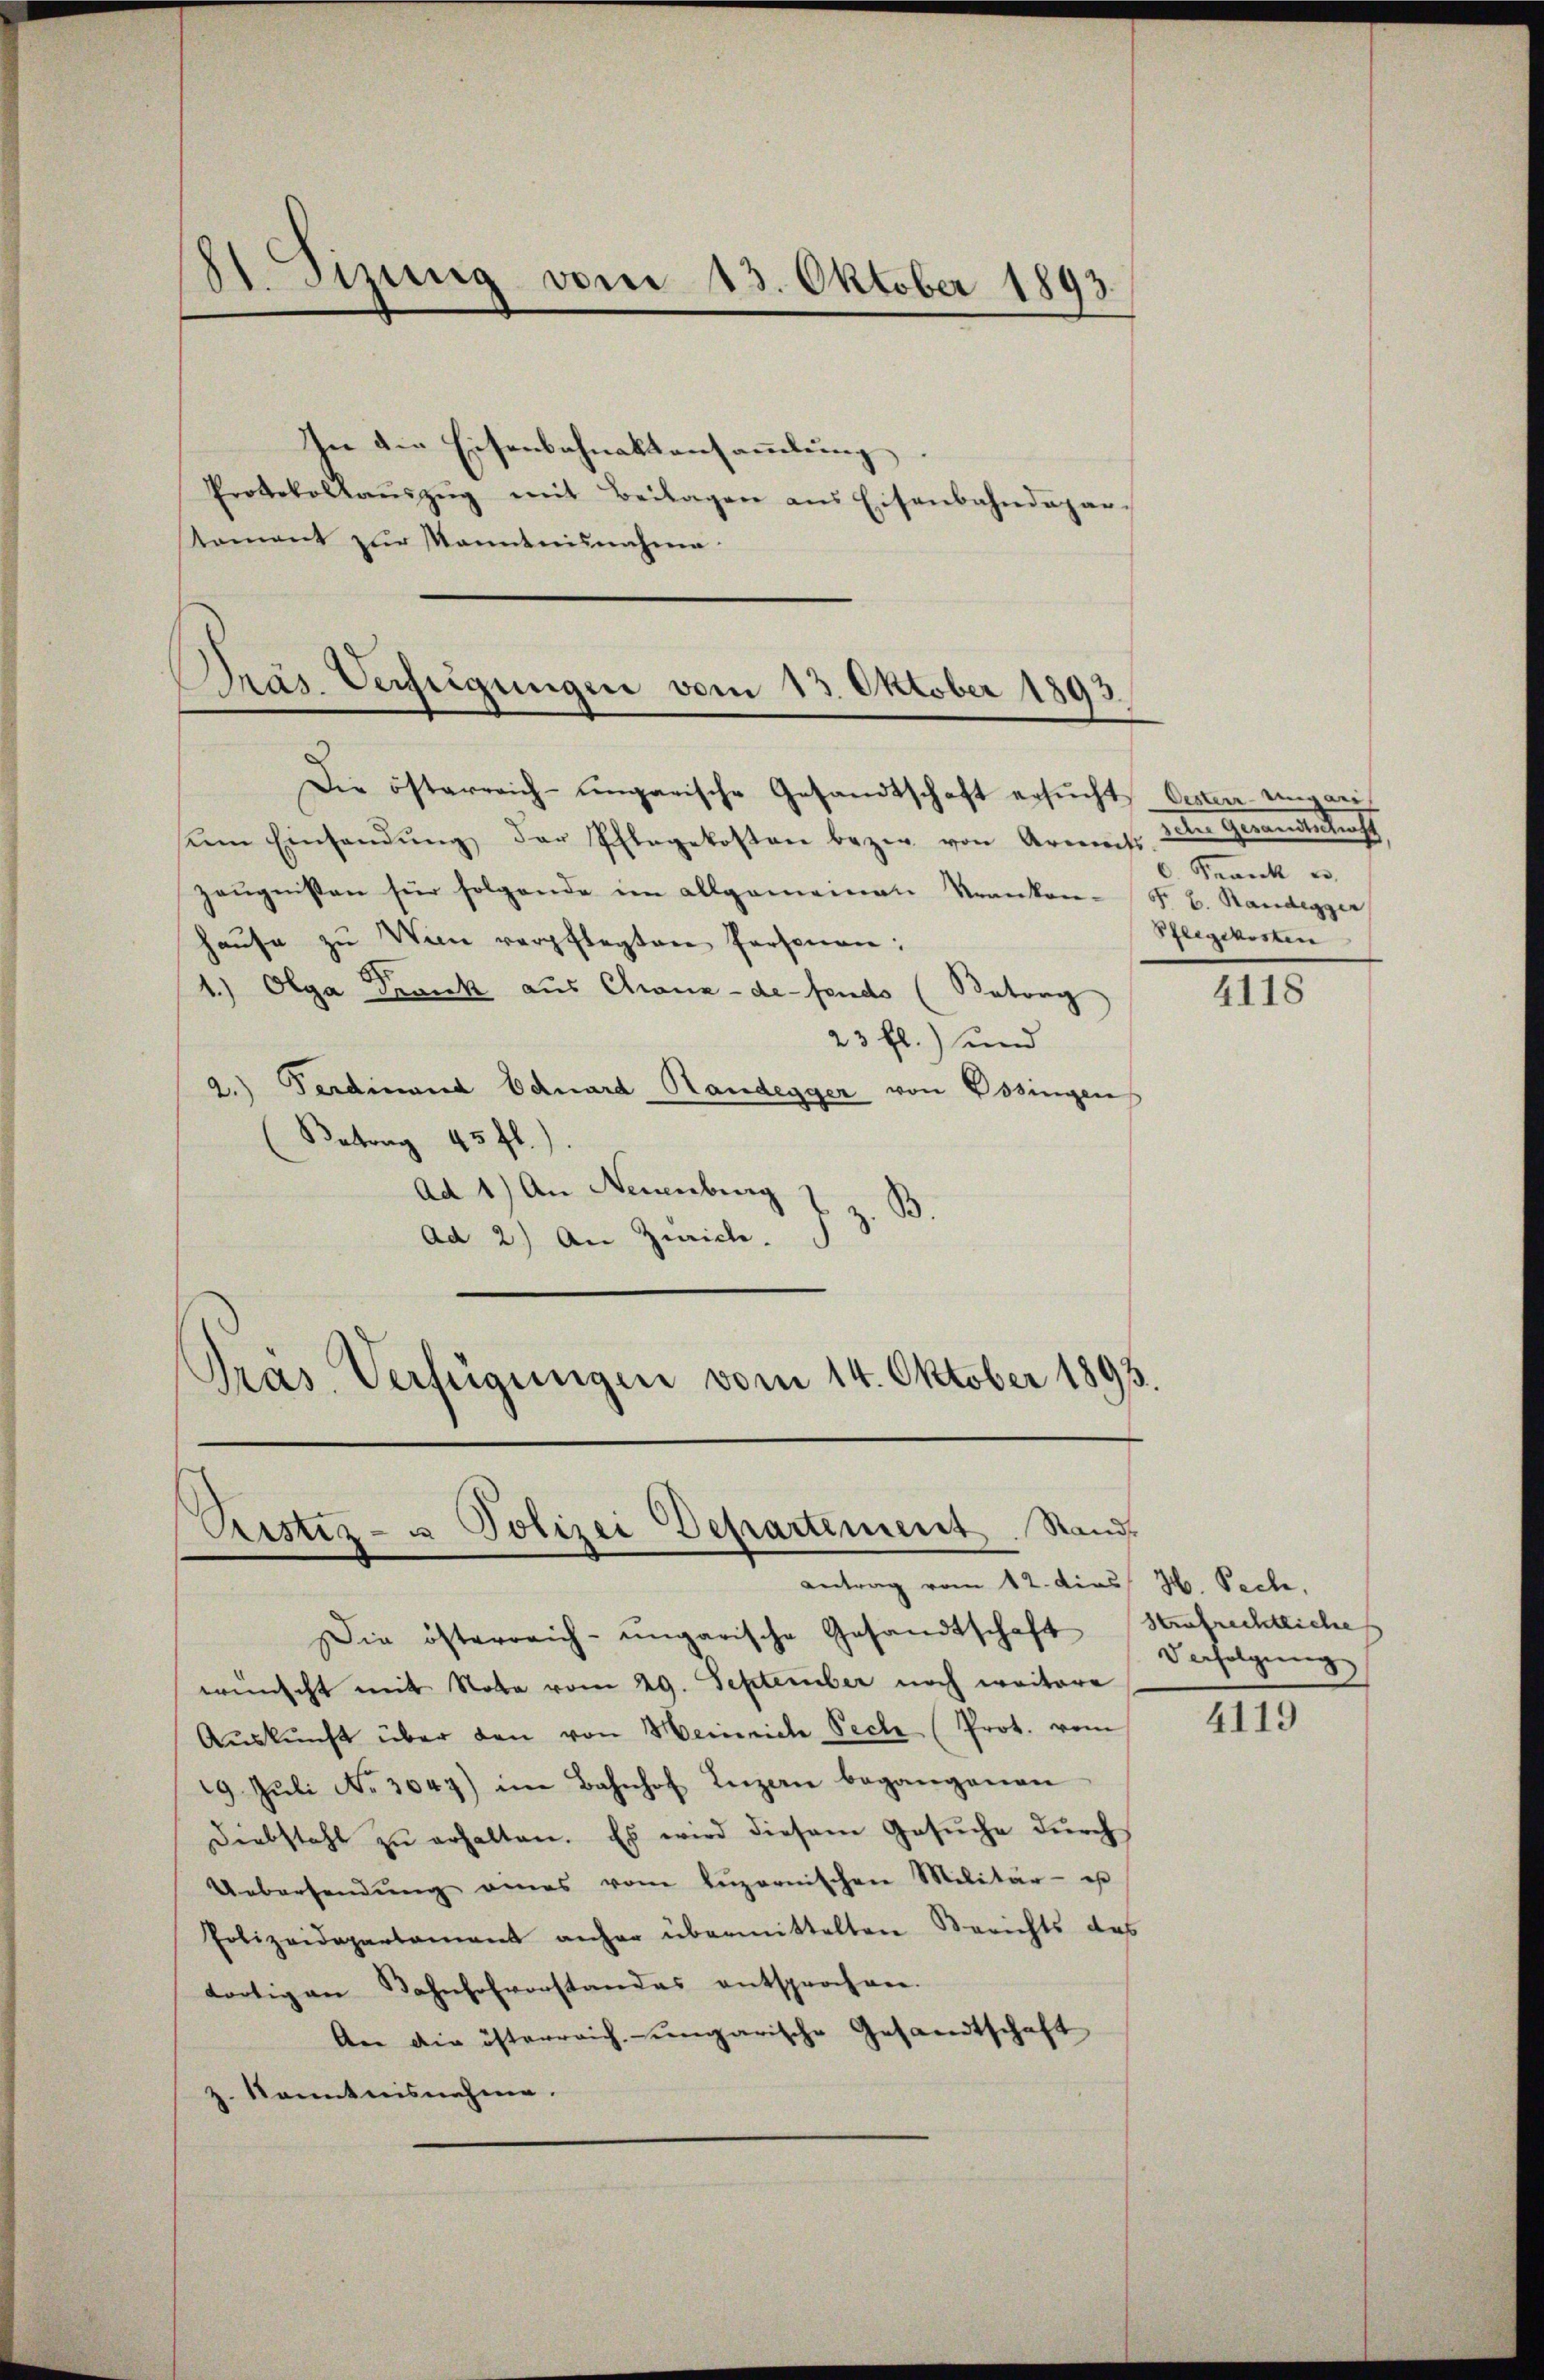
2Sizung vom 13. Oktober 1893.

In die Eisenbahnaktensammlung
Protokollaŭszŭg mit Beilagen ans Eisenbahndepar-
Nament zur Manntnisnahme.

Präs. Verfügungen vom 13. Oktober 1893.

Pristiz- u Polizei Departement Stand
Antrag vom 12. dies H. Pech.

Die österreich-ungarische Gesandtschaft ersucht Oester Ungarisiem Einsandŭng der Pflegekosten bezer von Arments
zeŭgnissen für folgende im allgemeinen Kranken- Fr. E. Randegger
haŭse zu Wien verpflegten Personen:
1.) Olga Frank aus China-de-Fendo (Batorg
23 fl.) und
2.) Ferdinand Eduard Handegger von Ossingen
Betrag 45 fl.).
Ad 1) An Neuenburg)
Ad 2.) An Zürich.
Präs. Verfügungen vom 14. Oktober 1893.

deten Gemeindenden
Krank u.
Pflegekosten

Die österreich-ungarische Gesandtschaft Strafrechtliche
wünscht mit Nobe vom 29. September noch weitere
Aŭskŭnft über den von Heinrich Pech (Prot. vom
19. Jŭli No 3047) im Bahnhof Inzen begangenen
Diebstahl zŭ erhalten. Es wird diesem Gesŭche dŭrch
Uebersendŭng eines vom Lŭzernischen Militär - es
Polizeidepartement anher übermittelten Berichts das
tortigen Bahnhofvorstandes entsprochen.
An die österreich-ungarische Gesandtschaft
z. Kenntnisnahme.

4118

Verfolgung

4119